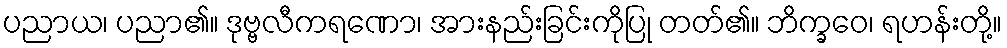
ပညာယ၊ ပညာ၏။ ဒုဗ္ဗလီကရဏော၊ အားနည်းခြင်းကိုပြု တတ်၏။ ဘိက္ခဝေ၊ ရဟန်းတို့။